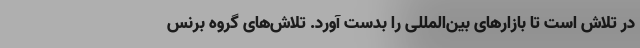
در تلاش است تا بازارهای بین‌المللی را بدست آورد. تلاش‌های گروه برنس